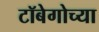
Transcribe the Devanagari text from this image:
टॉबेगोच्या